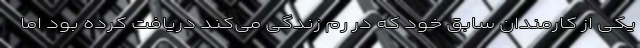
یکی از کارمندان سابق خود که در رم زندگی می‌کند دریافت کرده بود اما